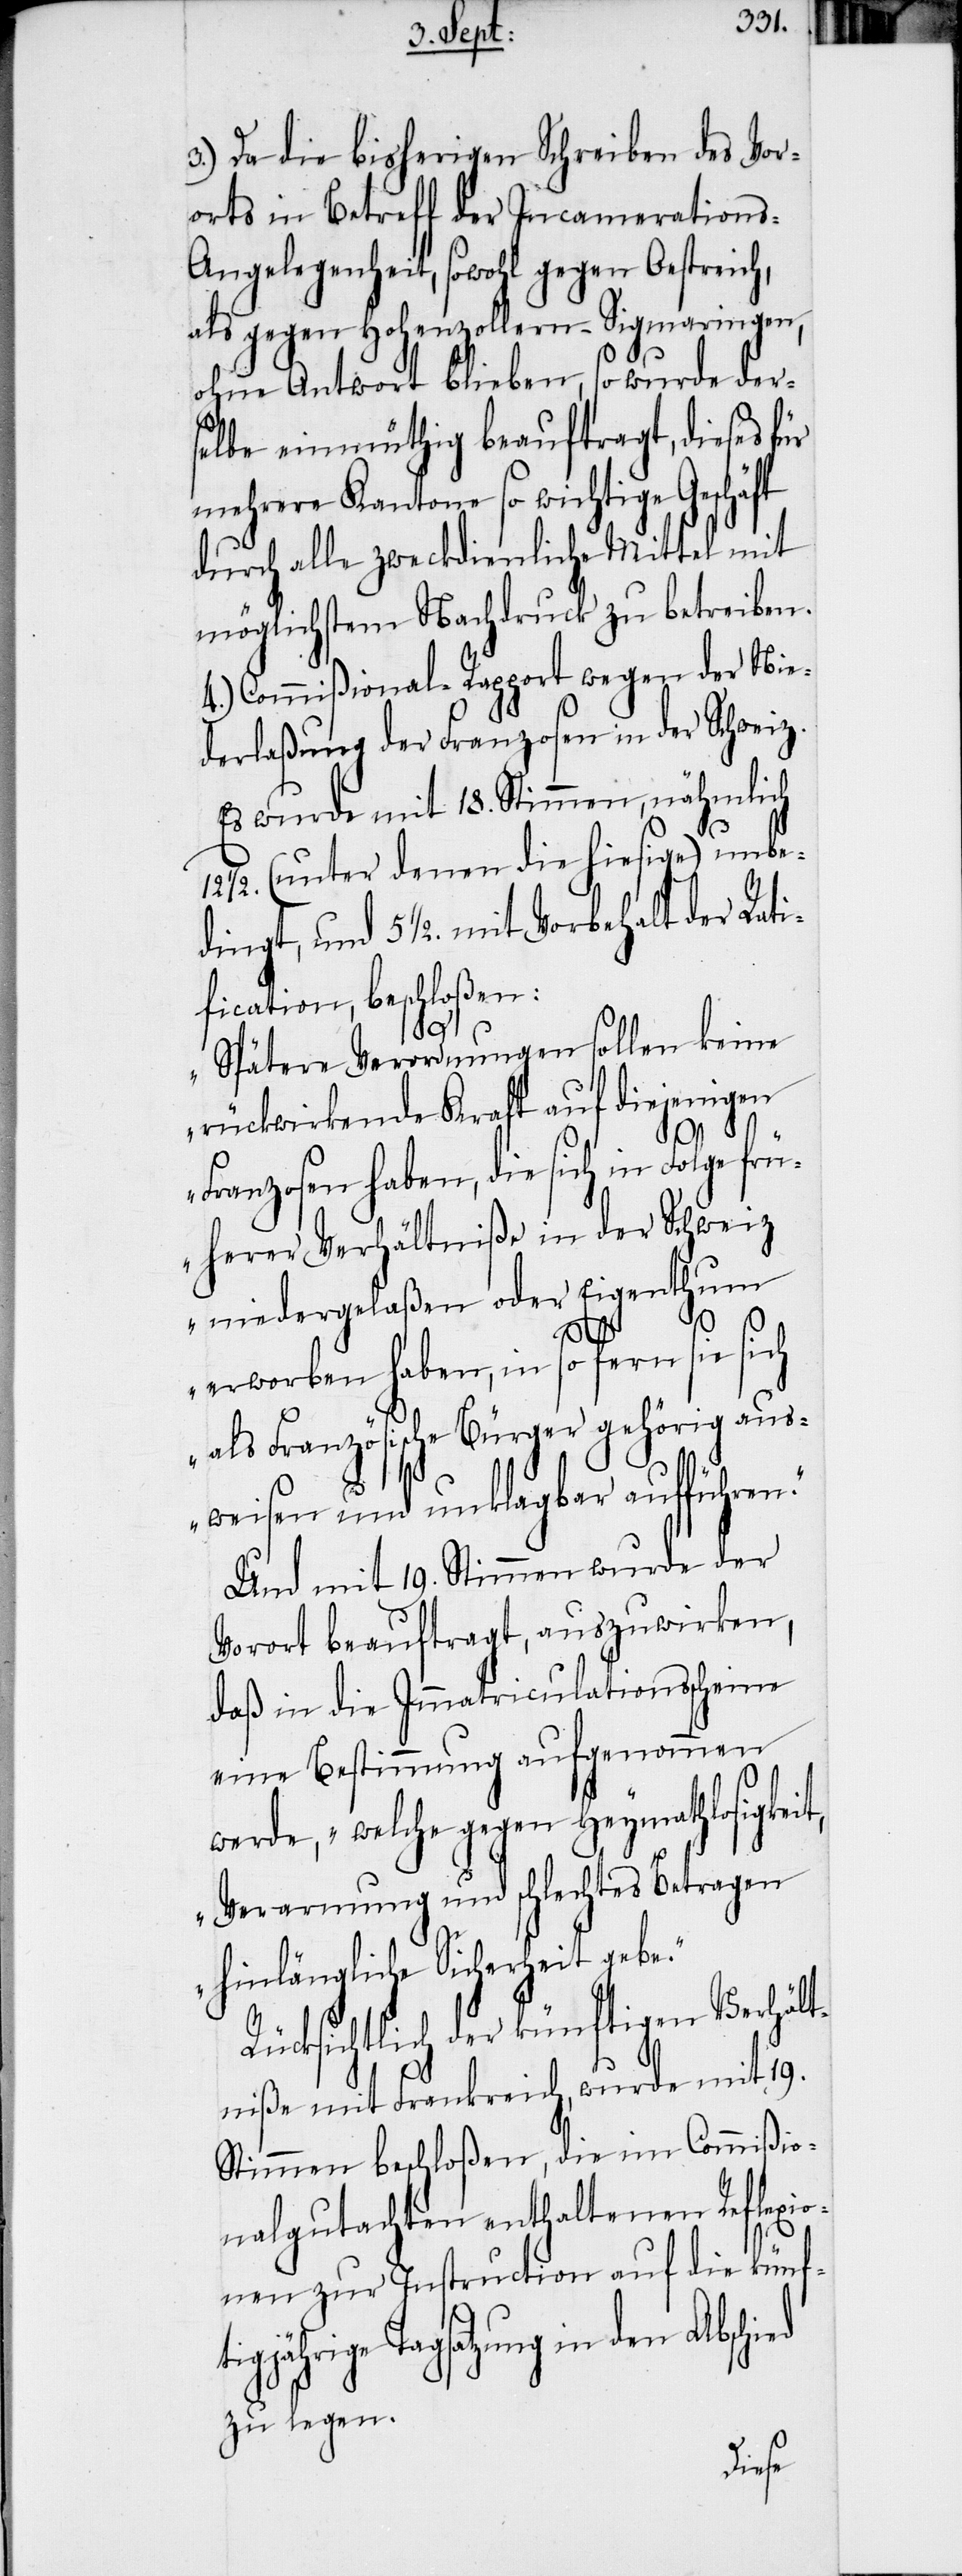
3.) Da die bisherigen Schreiben des Vor¬
orts in Betreff der Incameration¬
s-Angelegenheit, sowohl gegen Oestreich,
als gegen Hohenzollern-Sigmaringen,
ohne Antwort blieben, so wurde der¬
selbe einmüthig beauftragt, dieses für
mehrere Kantone so wichtige Geschäft
durch alle zweckdienliche Mittel mit
möglichstem Nachdruck zu betreiben.
4.) Commißional-Rapport wegen der Nie¬
derlaßung der Franzosen in der Schweiz.
Es wurde mit 18. Stimmen, nähmlich
½. (unter denen die hiesige) unbe¬
dingt, und 5 ½. mit Vorbehalt der Rati¬
fication, beschloßen:
t,
„Spätere Verordnungen sollen keine
rückwirkende Kraft auf diejenigen
n.“
Franzosen haben, die sich in Folge frü¬
herer Verhältniße in der Schweiz
niedergelaßen oder Eigenthum
Rücks¬
erworben haben, in sofern sie sich
als Französische Bürger gehörig aus¬
weisen und unklagbar aufführe¬
Und mit 19. Stimmen wurde der
Vorort beauftragt, auszuwirken,
daß in die Immatriculationsscheine
eine Bestimmung aufgenommen
werde, „welche gegen Heymathlosigkei¬
Verarmung und schlechtes Betragen
hinlängliche Sicherheit gebe.“
ichtlich der künftigen Verhäl¬
tniße mit Frankreich, wurde mit 19.
Stimmen beschloßen, die im Commißio¬
nalgutachten enthaltenen Reflexio¬
nen zur Instruction auf die künfti¬
gjährige Tagsatzung in den
zu legen.